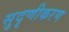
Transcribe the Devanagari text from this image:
सुदृणीकरण